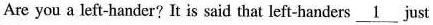
Are you a left-hander? It is said that left-handers \underline{1} just